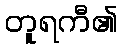
တူရကီ၏